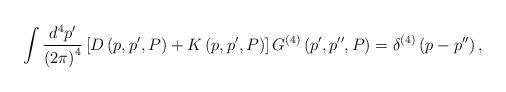
\begin{align*}\int \frac{d^{4}p^{\prime }}{\left( 2\pi \right) ^{4}}\left[ {D}\left(p,p^{\prime },P\right) +{K}\left( p,p^{\prime },P\right) \right] {G}^{\left(4\right) }\left( p^{\prime },p^{\prime \prime },P\right)=\delta ^{\left( 4\right) }\left( p-p^{\prime \prime }\right) ,\end{align*}